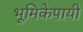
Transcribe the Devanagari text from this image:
भूमिकेपायी